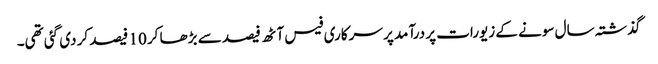
گذشتہ سال سونے کے زیورات پر درآمد پر سرکاری فیس آٹھ فیصد سے بڑھا کر 10 فیصد کر دی گئی تھی۔